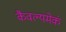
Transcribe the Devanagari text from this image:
कैवल्यमेकं